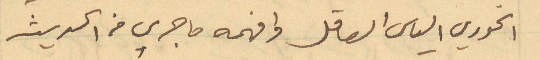
الخوري الياس العاقل وافهمه ما جرى من الحديث